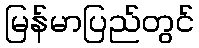
မြန်မာပြည်တွင်